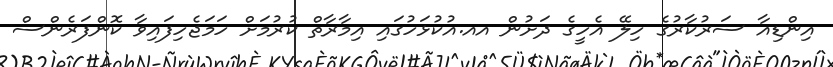
އިންޑިއާ ސަރުކާރުގެ ހިލޭ އެހީގެ ދަށުން އއ.އުކުޅަހުގައި އިމާރާތް ކުރުމަށް ހަމަޖެހިފައިވާ ކޮންފަރެންސް